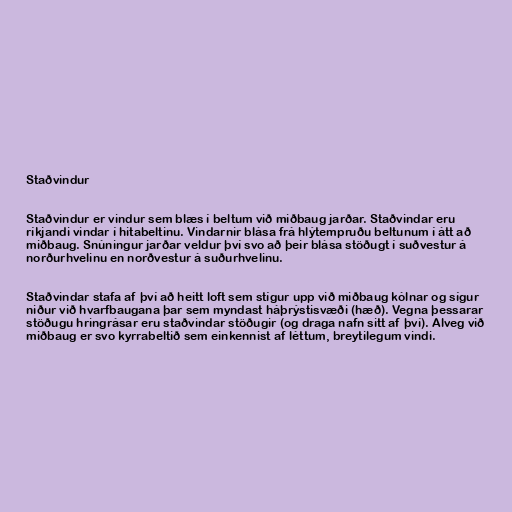
Staðvindur

Staðvindur er vindur sem blæs í beltum við miðbaug jarðar. Staðvindar eru
ríkjandi vindar í hitabeltinu. Vindarnir blása frá hlýtempruðu beltunum í átt að
miðbaug. Snúningur jarðar veldur því svo að þeir blása stöðugt í suðvestur á
norðurhvelinu en norðvestur á suðurhvelinu.

Staðvindar stafa af því að heitt loft sem stígur upp við miðbaug kólnar og sígur
niður við hvarfbaugana þar sem myndast háþrýstisvæði (hæð). Vegna þessarar
stöðugu hringrásar eru staðvindar stöðugir (og draga nafn sitt af því). Alveg við
miðbaug er svo kyrrabeltið sem einkennist af léttum, breytilegum vindi.